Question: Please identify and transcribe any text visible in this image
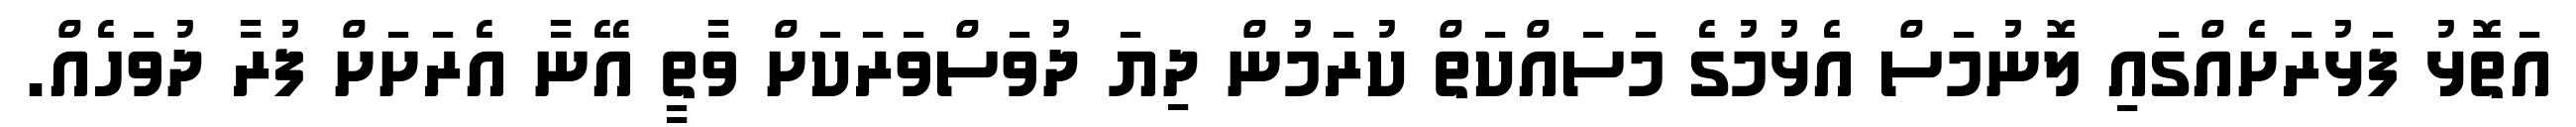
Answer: އަތޮޅު ފަޅުރަށެއްގައި ލޮނުމަސް އެޅުމުގެ މަސައްކަތް ކުރަމުން ދިޔަ ދުވަސްވަރަކަށް ވާތީ އޭނާ އެރަށަށް ފުރާ ދުވަހެއް.